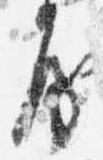
房